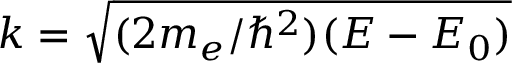
k = \sqrt { ( 2 m _ { e } / \hbar ^ { 2 } ) ( E - E _ { 0 } ) }